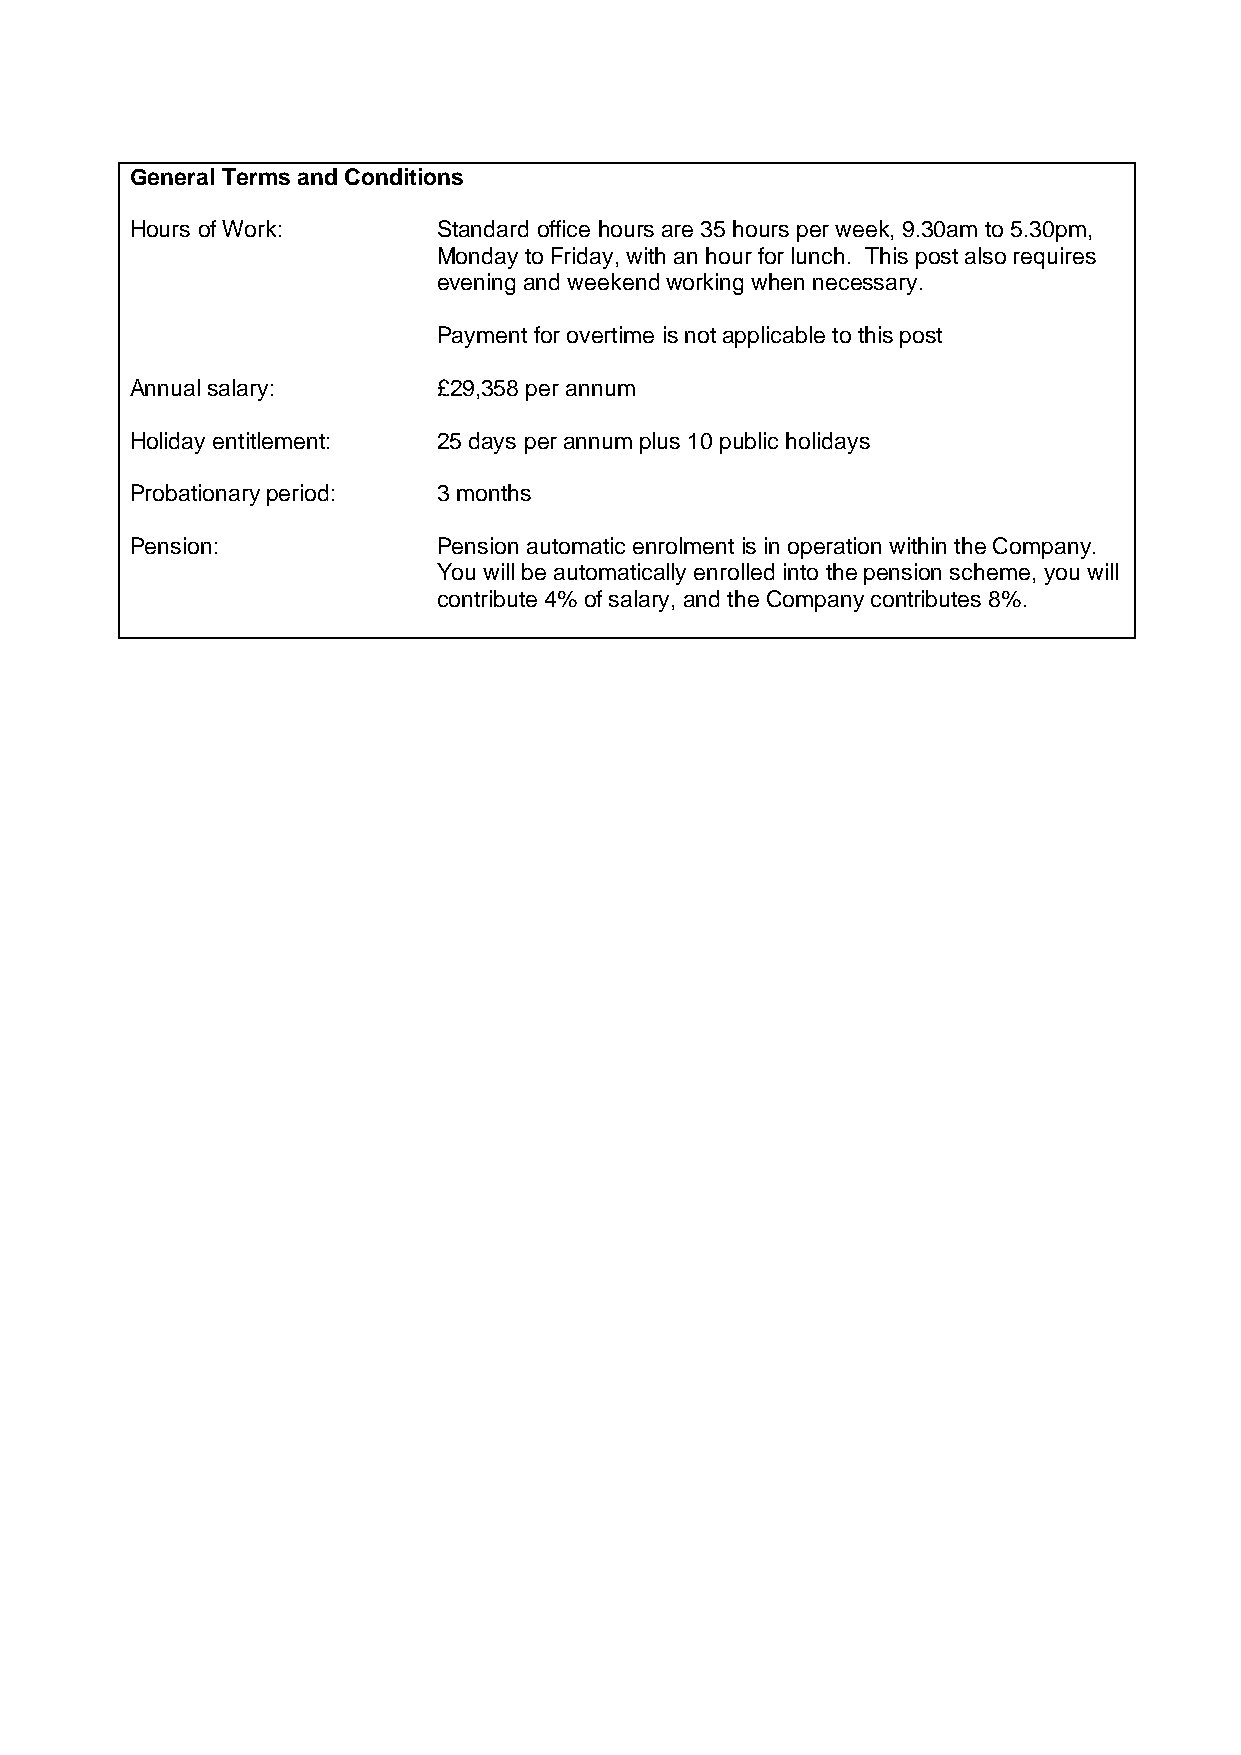
General Terms and Conditions
 Hours of Work:      Standard office hours are 35 hours per week, 9.30am to 5.30pm,
 Monday to Friday, with an hour for lunch. This post also requires
 evening and weekend working when necessary.
 Payment for overtime is not applicable to this post
 Annual salary:      £29,358 per annum
 Holiday entitlement: 25 days per annum plus 10 public holidays
 Probationary period: 3 months
 Pension:            Pension automatic enrolment is in operation within the Company.
 You will be automatically enrolled into the pension scheme, you will
 contribute 4% of salary, and the Company contributes 8%.